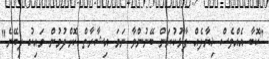
"ކޮބާ އެއްވެސް ޚިޔާލެއް ފާޅުކުރަން ބޭނުންވާ ނަމަ އިޝާރާތް ކޮށްލުމުން މައިކު ލިބޭނެ"